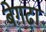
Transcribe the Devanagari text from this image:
बेगढ़ा